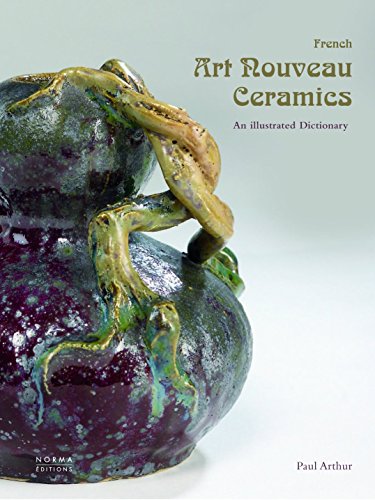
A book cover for French Art Nouveau Ceramics: An Illustrated Dictionary; Paul Arthur; Crafts, Hobbies & Home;